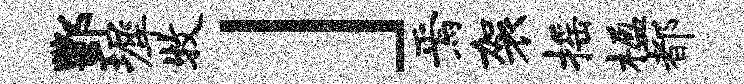
酆墀牧」焉袈摇楹都